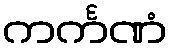
ကင်္ကဏံ